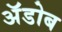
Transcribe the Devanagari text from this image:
अॅडोब